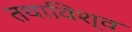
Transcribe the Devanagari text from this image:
तथाविश्व